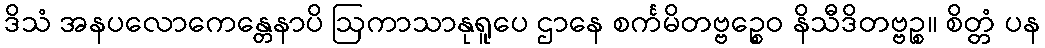
ဒိသံ အနပလောကေန္တေနာပိ ဩကာသာနုရူပေ ဌာနေ စင်္ကမိတဗ္ဗဉ္စေဝ နိသီဒိတဗ္ဗဉ္စ။ စိတ္တံ ပန